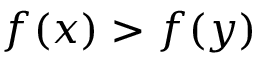
f \! \left( x \right) > f \! \left( y \right)